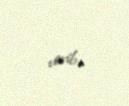
verib.